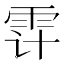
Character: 𲉲